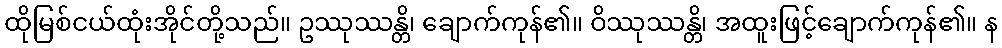
ထိုမြစ်ငယ်ထုံးအိုင်တို့သည်။ ဥဿုဿန္တိ၊ ချောက်ကုန်၏။ ဝိဿုဿန္တိ၊ အထူးဖြင့်ချောက်ကုန်၏။ န